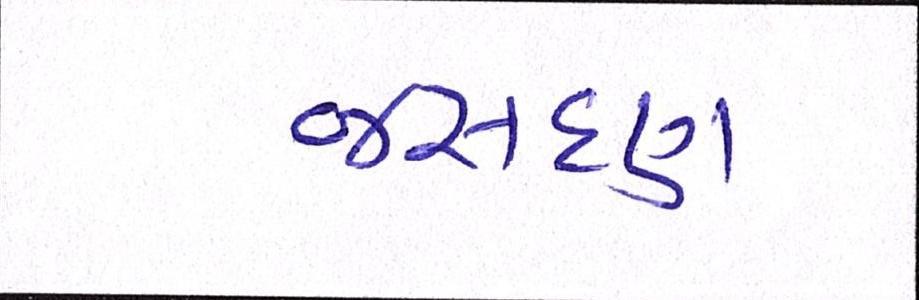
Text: જસદણ